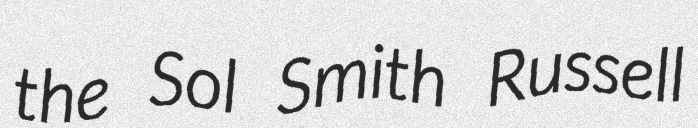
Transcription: the Sol Smith Russell